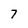
Character: 7